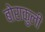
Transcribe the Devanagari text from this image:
बोराकुली